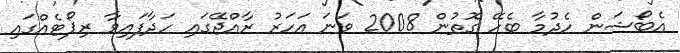
އެބޯޝަން ހެދުމާ ބެހޭ ގޮތުން 2008 ވަނަ އަހަރު ރާއްޖޭގައި ހަދާފައިވާ ރިޕޯޓެއްގައި